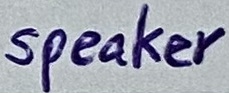
Text: speaker